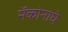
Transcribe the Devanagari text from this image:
मॅकोनाघे